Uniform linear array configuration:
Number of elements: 32
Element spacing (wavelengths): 0.25
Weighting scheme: hamming
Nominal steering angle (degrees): -30
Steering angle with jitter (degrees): -29.27
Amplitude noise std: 0.05
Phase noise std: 0.05

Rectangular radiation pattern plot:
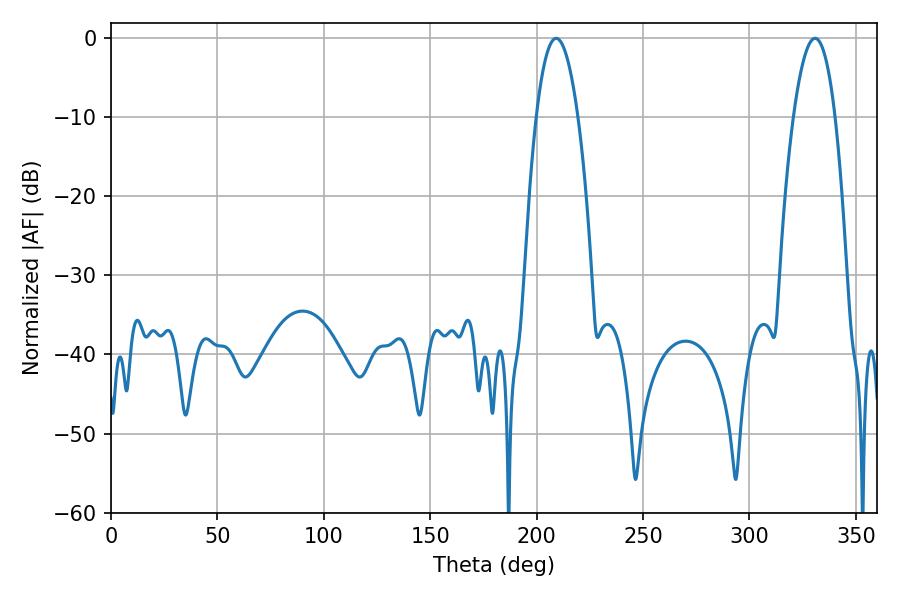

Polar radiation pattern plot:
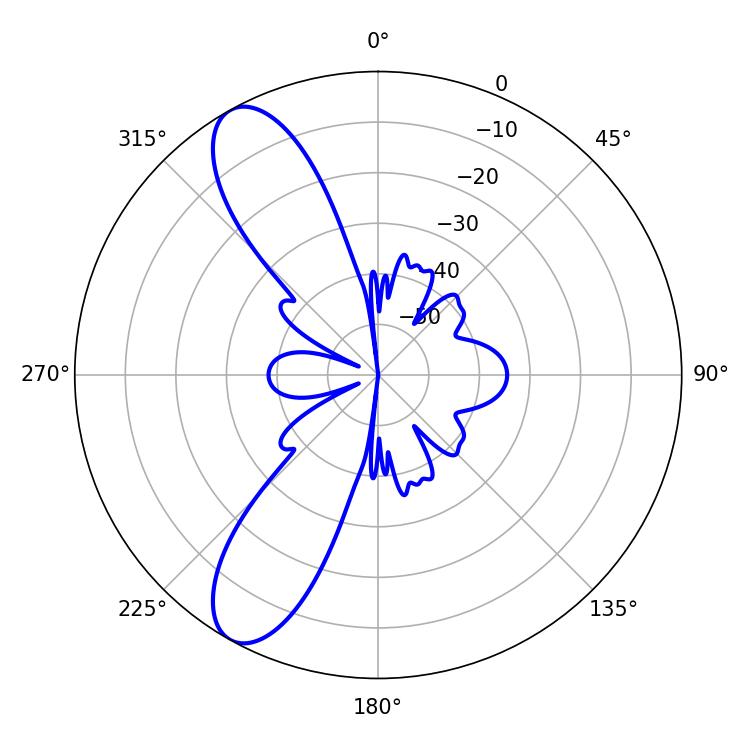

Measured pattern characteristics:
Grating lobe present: FALSE
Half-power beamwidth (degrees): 10.8
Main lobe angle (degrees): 209.16